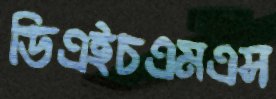
ডিএইচএমএস